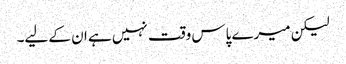
لیکن میرے پاس وقت نہیں ہے ان کے لیے۔